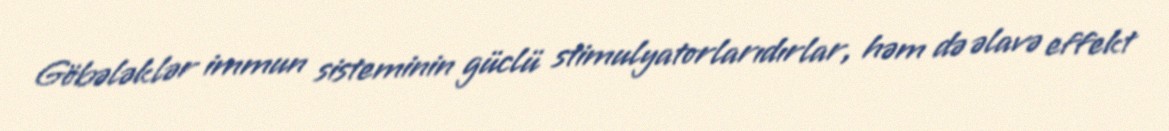
Göbələklər immun sisteminin güclü stimulyatorlarıdırlar, həm də əlavə effekt